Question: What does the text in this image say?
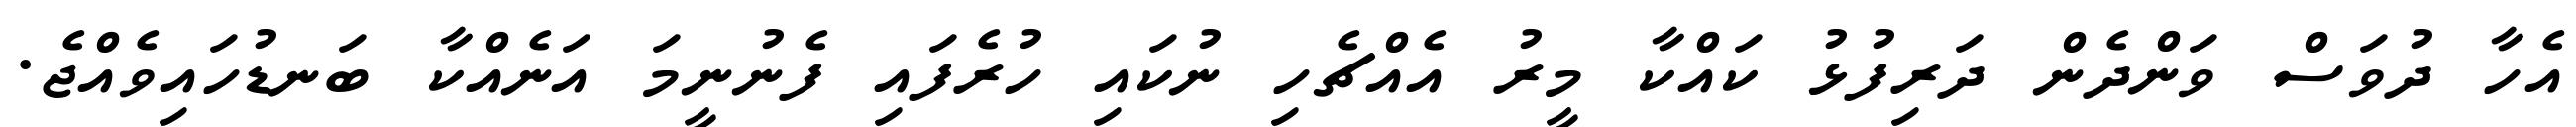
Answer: އެހާ ދުވަސް ވަންދެން ދަރިފުޅު ކައްކާ މީރު އެއްޗެހި ނުކައި ހުރެފައި ފެނުނީމަ އަނެއްކާ ބަނޑުހައިވެއްޖެ.